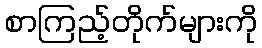
စာကြည့်တိုက်များကို